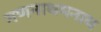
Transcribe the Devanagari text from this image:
गणनाथमनाथ